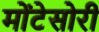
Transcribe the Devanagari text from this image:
मोंटेसोरी